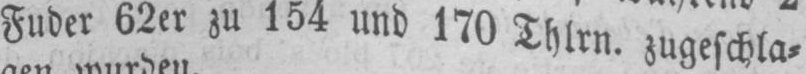
Fuder 62er zu 154 und 170 Thlrn. zugeschla⸗